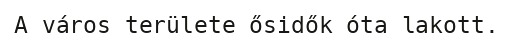
A város területe ősidők óta lakott.